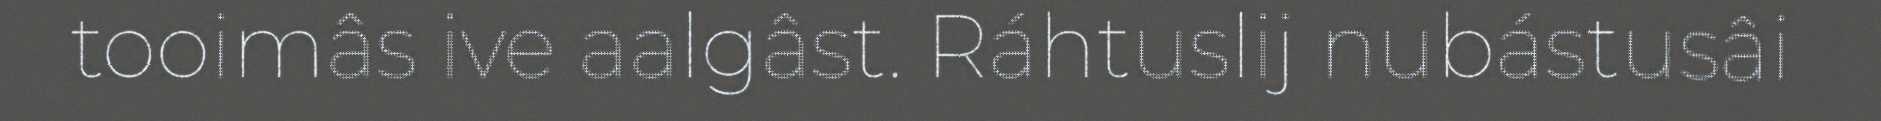
tooimâs ive aalgâst. Ráhtuslij nubástusâi